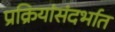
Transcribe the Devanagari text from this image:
प्रक्रियांसंदर्भात